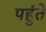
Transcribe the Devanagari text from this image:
पहुंते